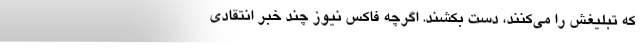
که تبلیغش را می‌کنند، دست بکشند. اگرچه فاکس نیوز چند خبر انتقادی